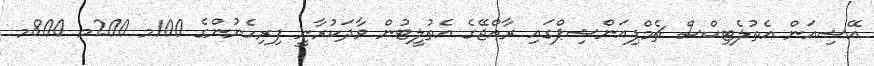
އޭޝިއަން އެތުލެޓިކްސް ޗެމްޕިއަންޝިޕްގައި ރާއްޖޭގެ އެތުލީޓުން ވާދަކުރާނީ ފިރިހެނުންގެ 100މ 200މ 800މ